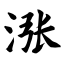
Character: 涨